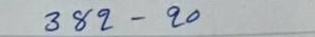
382 - 20